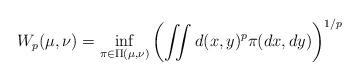
LaTeX: \begin{align*}W_{p}(\mu,\nu)=\inf_{\pi\in\Pi(\mu,\nu)}\left( \iint d(x,y)^{p}\pi(dx,dy) \right) ^{1/p}\end{align*}